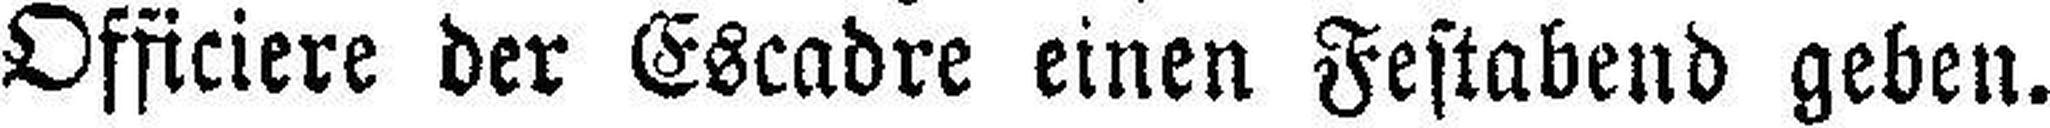
Officiere der Escadre einen Festabend geben.